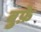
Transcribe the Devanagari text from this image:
बुफ़े